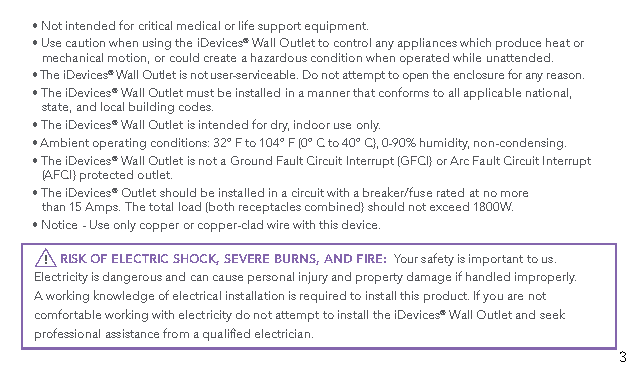
• Not intended for critical medical or life support equipment.
 • Use caution when using the iDevices® Wall Outlet to control any appliances which produce heat or
 mechanical motion, or could create a hazardous condition when operated while unattended.
 • The iDevices® Wall Outlet is not user-serviceable. Do not attempt to open the enclosure for any reason.
 • The iDevices® Wall Outlet must be installed in a manner that conforms to all applicable national,
 state, and local building codes.
 • The iDevices® Wall Outlet is intended for dry, indoor use only.
 • Ambient operating conditions: 32º F to 104º F (0º C to 40º C), 0-90% humidity, non-condensing.
 • The iDevices® Wall Outlet is not a Ground Fault Circuit Interrupt (GFCI) or Arc Fault Circuit Interrupt
 (AFCI) protected outlet.
 • The iDevices® Outlet should be installed in a circuit with a breaker/fuse rated at no more
 than 15 Amps. The total load (both receptacles combined) should not exceed 1800W.
 • Notice - Use only copper or copper-clad wire with this device.
 ! RISK OF ELECTRIC SHOCK, SEVERE BURNS, AND FIRE: Your safety is important to us.
 Electricity is dangerous and can cause personal injury and property damage if handled improperly.
 A working knowledge of electrical installation is required to install this product. If you are not
 comfortable working with electricity do not attempt to install the iDevices® Wall Outlet and seek
 professional assistance from a qualified electrician.
 3